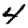
Digit: 4